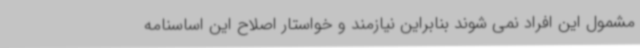
مشمول این افراد نمی شوند بنابراین نیازمند و خواستار اصلاح این اساسنامه